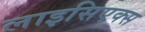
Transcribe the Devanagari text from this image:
लाइसिएक्स